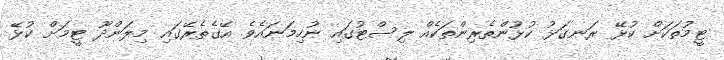
ޓީމުތަކަށް ކުޅޭ ރަނގަޅު ކުޅުންތެރިންތަކެއް ލިސްޓުގައި ނުހިމަނައެވެ. އޭގެތެރޭގައި މިލަންދޫ ޓީމަށް ކުޅޭ